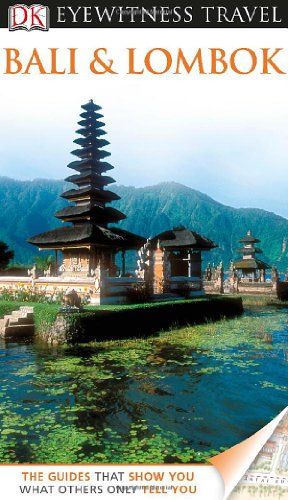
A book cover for DK Eyewitness Travel Guide: Bali and Lombok; Bruce Carpenter; Travel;